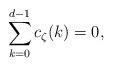
LaTeX: \begin{align*}\sum_{k=0}^{d-1}c_\zeta(k)=0,\end{align*}